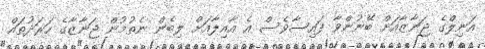
އަނިލްގެ ޖަނާޒާއަށް ބޭނުންވާ ފައިސާވެސް އެ އާއިލާއަށް ލިބެން ނެތުމުން ޖަނާޒާާގެ ހަރަދުތައް